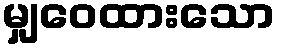
မျှဝေထားသော